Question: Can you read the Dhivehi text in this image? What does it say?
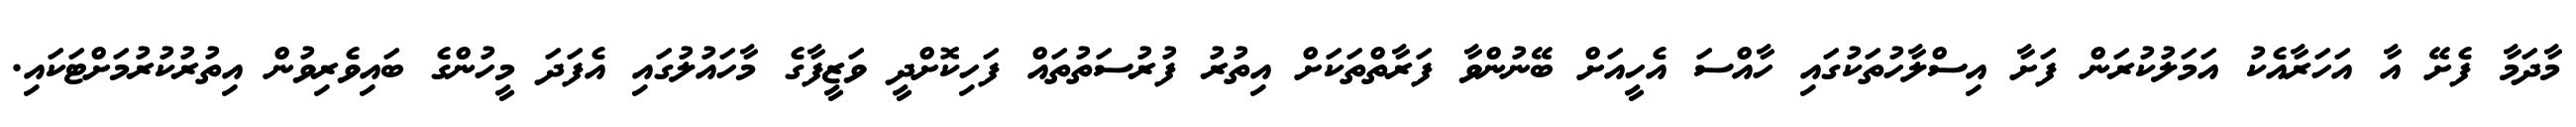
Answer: މާދަމާ ފެށޭ އާ އަހަރާއެކު އަމަލުކުރަން ފަށާ އިސްލާހުތަކުގައި ހާއްސަ އެހީއަށް ބޭނުންވާ ފަރާތްތަކަށް އިތުރު ފުރުސަތުތައް ފަހިކޮށްދީ ވަޒީފާގެ މާހައުލުގައި އެފަދަ މީހުންގެ ބައިވެރިވުން އިތުރުކުރުމަށްޓަކައި.